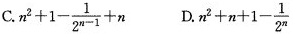
C. $$n^{2}+1- \frac{1}{2^{n-1}}+n$$ D.$$n^{2}+n+1- \frac{1}{2^{n}}$$